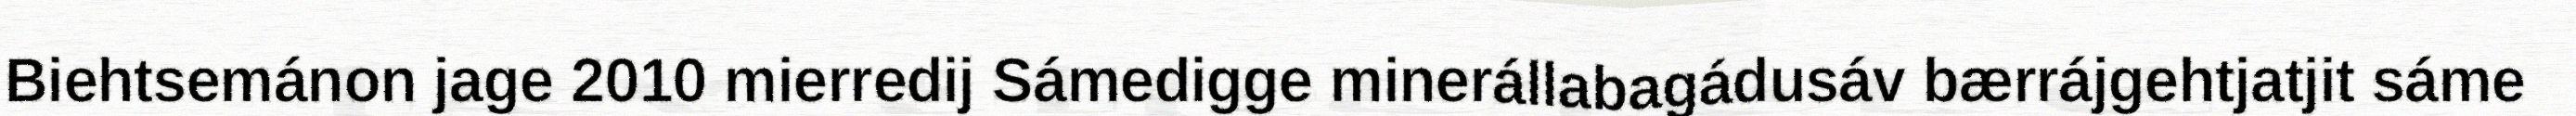
Biehtsemánon jage 2010 mierredij Sámedigge minerállabagádusáv bærrájgehtjatjit sáme